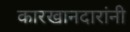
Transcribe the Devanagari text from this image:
कारखानदारांनी